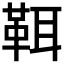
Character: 𩊐